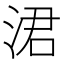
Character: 涒